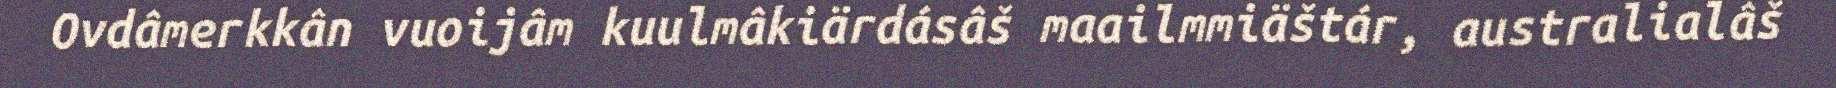
Ovdâmerkkân vuoijâm kuulmâkiärdásâš maailmmiäštár, australialâš